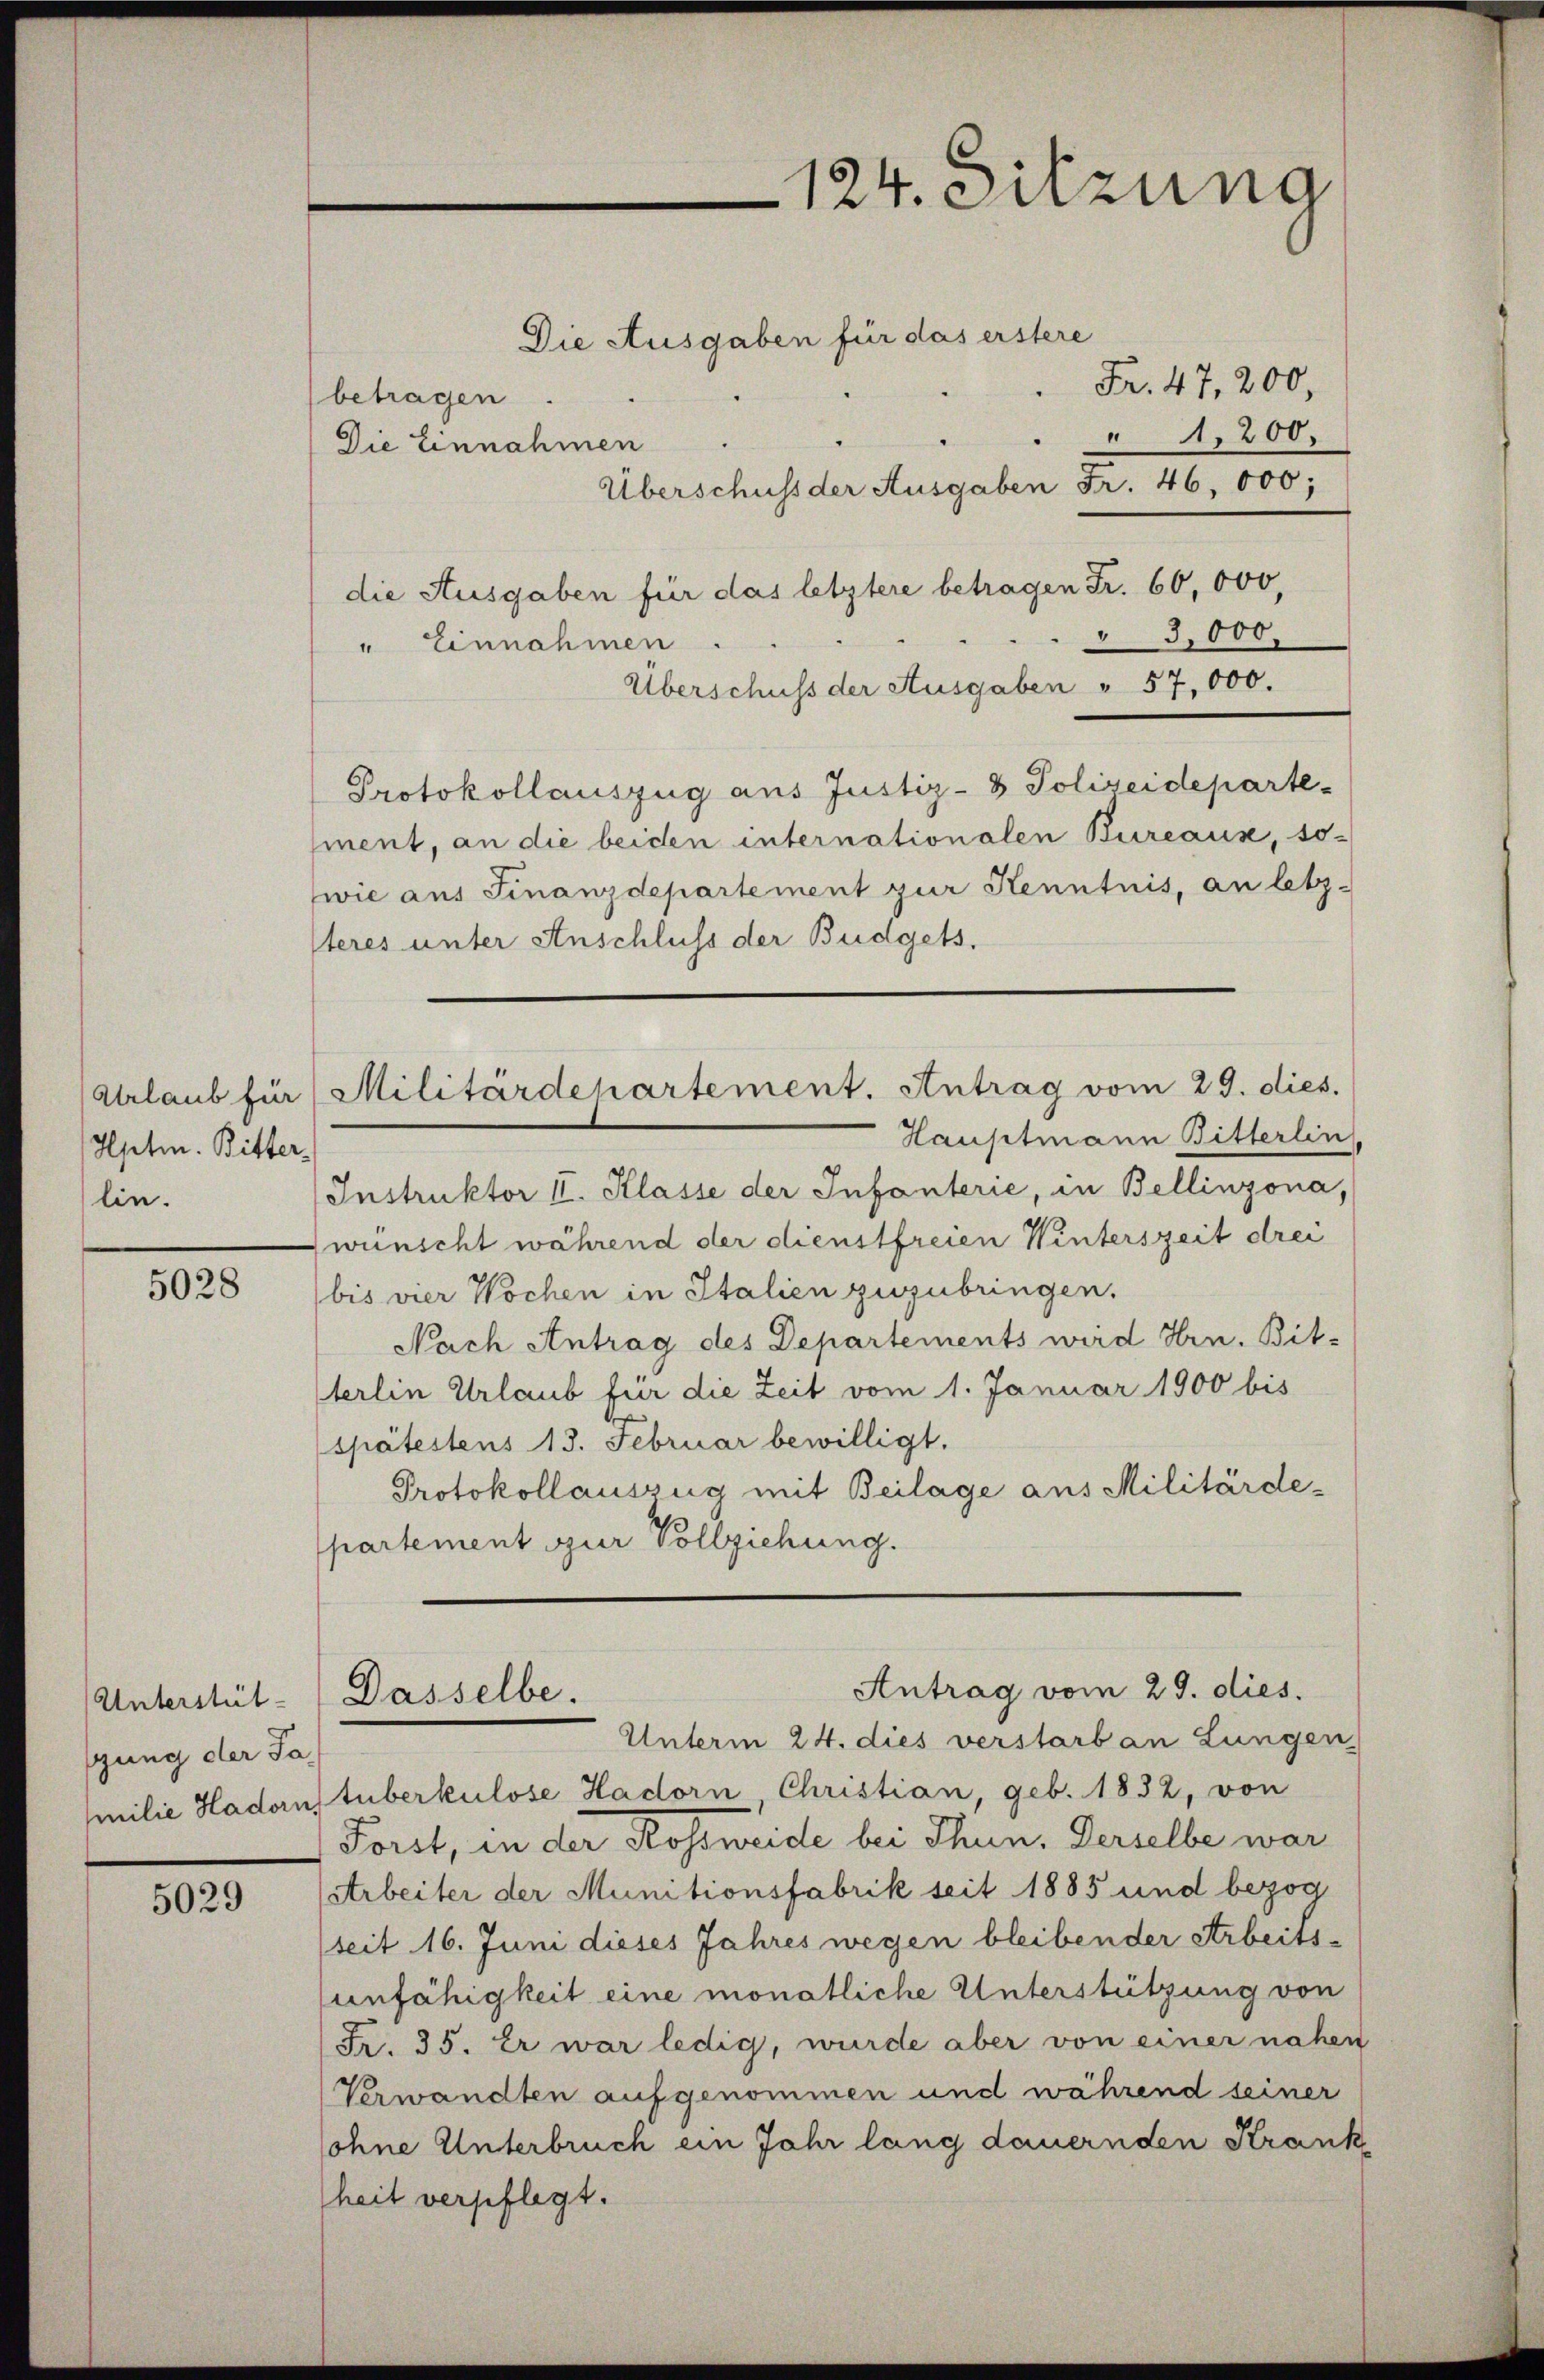
Hpten. Bitter,
lin.

5028

Die Ausgaben für das erstere
Fr. 47, 200,
betragen
1,200,
Die Einnahmen
Überschuss der Ausgaben Fr. 46, 000;
die Ausgaben für das letztere betragen Fr. 60,000,
" 3,000,
" Einnahmen
Überschuss der Ausgaben " 57,000.
Protokollauszug aus Justiz- & Polizeideparte-
sment, an die beiden internationalen Bureaux, so-
wie aus Finanzdepartement zur Kenntnis, an letz-
steres unter Anschluss der Budgets.
Arlaub für Militärdepartement. Antrag vom 29. dies.
Hauptmann Bitterlin.
Instruktor II. Klasse der Infanterie, in Bellinzona,
wünscht während der dienstfreien Winterszeit drei
bis vier Wochen in Italien zuzubringen.
Nach Antrag des Departements wird Hrn. Bit-
terlin Urlaub für die Zeit vom 1. Januar 1900 bis
spätestens 13. Februar bewilligt.
Protokollauszug mit Beilage aus Militärde-
partement zur Vollziehung.

Unterstüt-
gung der Sa

5029

124. Sitzung

Antrag vom 29. dies.
Dasselbe.

Unterm 24. dies verstarb an Lungen
milie Hadornstuberkulose Hadorn Christian, geb. 1832, von
Forst, in der Rossweide bei Thun, Derselbe war
(Arbeiter der Munitionsfabrik seit 1885 und bezog
seit 16. Juni dieses Jahres wegen bleibender Arbeitsunfähigkeit eine monatliche Unterstützung von
Fr. 35. Er war ledig, wurde aber von einer nahen
Verwandten aufgenommen und während seiner
lohne Unterbruch ein Jahr lang dauernden Krank
heit verpflegt.